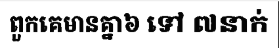
ពួកគេមានគ្នា៦ ទៅ ៧នាក់